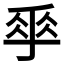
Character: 𠂿